Rangoon Lunatic Asylum 1878-1892 - 1878-1892
Year: 1878
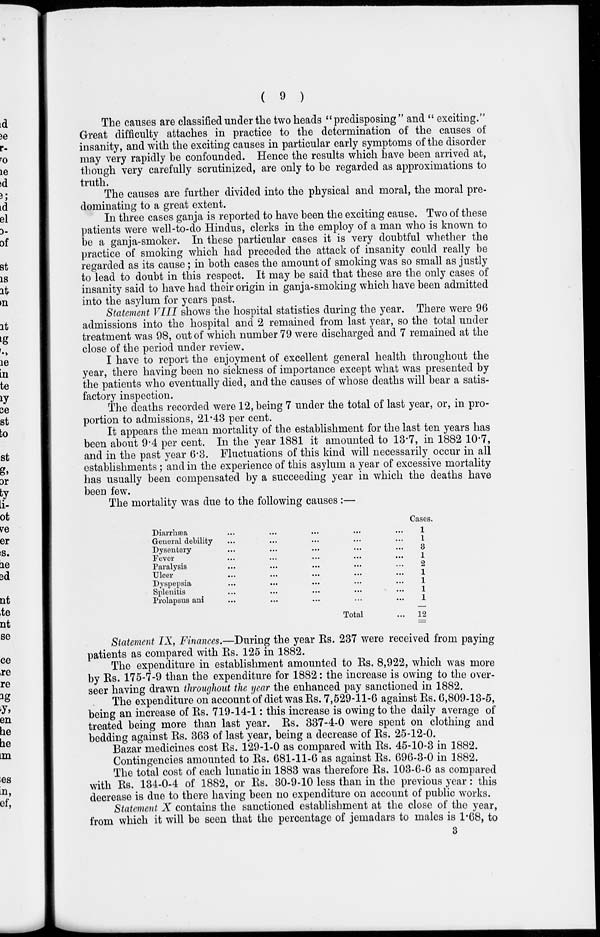
( 9 )
The causes are classified under the two heads " predisposing " and " exciting."
Great difficulty attaches in practice to the determination of the causes of
insanity, and with the exciting causes in particular early symptoms of the disorder
may very rapidly be confounded. Hence the results which have been arrived at,
though very carefully scrutinized, are only to be regarded as approximations to
truth.
The causes are further divided into the physical and moral, the moral pre-
dominating to a great extent.
In three cases ganja is reported to have been the exciting cause. Two of these
patients were well-to-do Hindus, clerks in the employ of a man who is known to
be a ganja-smoker. In these particular cases it is very doubtful whether the
practice of smoking which had preceded the attack of insanity could really be
regarded as its cause ; in both cases the amount of smoking was so small as justly
to lead to doubt in this respect. It may be said that these are the only cases of
insanity said to have had their origin in ganja-smoking which have been admitted
into the asylum for years past.
Statement VIII shows the hospital statistics during the year. There were 96
admissions into the hospital and 2 remained from last year, so the total under
treatment was 98, out of which number 79 were discharged and 7 remained at the
close of the period under review.
I have to report the enjoyment of excellent general health throughout the
year, there having been no sickness of importance except what was presented by
the patients who eventually died, and the causes of whose deaths will bear a satis-
factory inspection.
The deaths recorded were 12, being 7 under the total of last year, or, in pro-
portion to admissions, 21.43 per cent.
It appears the mean mortality of the establishment for the last ten years has
been about 9.4 per cent. In the year 1881 it amounted to 13.7, in 1882 10.7,
and in the past year 6.3. Fluctuations of this kind will necessarily occur in all
establishments; and in the experience of this asylum a year of excessive mortality
has usually been compensated by a succeeding year in which the deaths have
been few.
The mortality was due to the following causes :—
Diarrhæa ... ... ... ... ...
General debility ... ... ... ... ...
Dysentery ... ... ... ... ...
Fever ... ... ... ... ...
Paralysis ... ... ... ... ...
Ulcer ... ... ... ... ...
Dyspepsia ... ... ... ... ...
Splenitis ... ... ... ... ...
Prolapsus ani ... ... ... ... ...
Total ...
Cases.
1
1
3
1
2
1
1
1
1
12
Statement IX, Finances.—During the year Rs. 237 were received from paying
patients as compared with Rs. 125 in 1882.
The expenditure in establishment amounted to Rs. 8,922, which was more
by Rs. 175-7-9 than the expenditure for 1882: the increase is owing to the over-
seer having drawn throughout the year the enhanced pay sanctioned in 1882.
The expenditure on account of diet was Rs. 7,529-11-6 against Rs. 6,809-13-5,
being an increase of Rs. 719-14-1: this increase is owing to the daily average of
treated being more than last year. Rs. 337-4-0 were spent on clothing and
bedding against Rs. 363 of last year, being a decrease of Rs. 25-12-0.
Bazar medicines cost Rs. 129-1-0 as compared with Rs. 45-10-3 in 1882.
Contingencies amounted to Rs. 681-11-6 as against Rs. 696-3-0 in 1882.
The total cost of each lunatic in 1883 was therefore Rs. 103-6-6 as compared
with Rs. 134-0-4 of 1882, or Rs. 30-9-10 less than in the previous year: this
decrease is due to there having been no expenditure on account of public works.
Statement X contains the sanctioned establishment at the close of the year,
from which it will be seen that the percentage of jemadars to males is 1.68, to
3